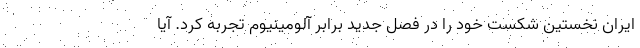
ایران نخستین شکست خود را در فصل جدید برابر آلومینیوم تجربه کرد. آیا